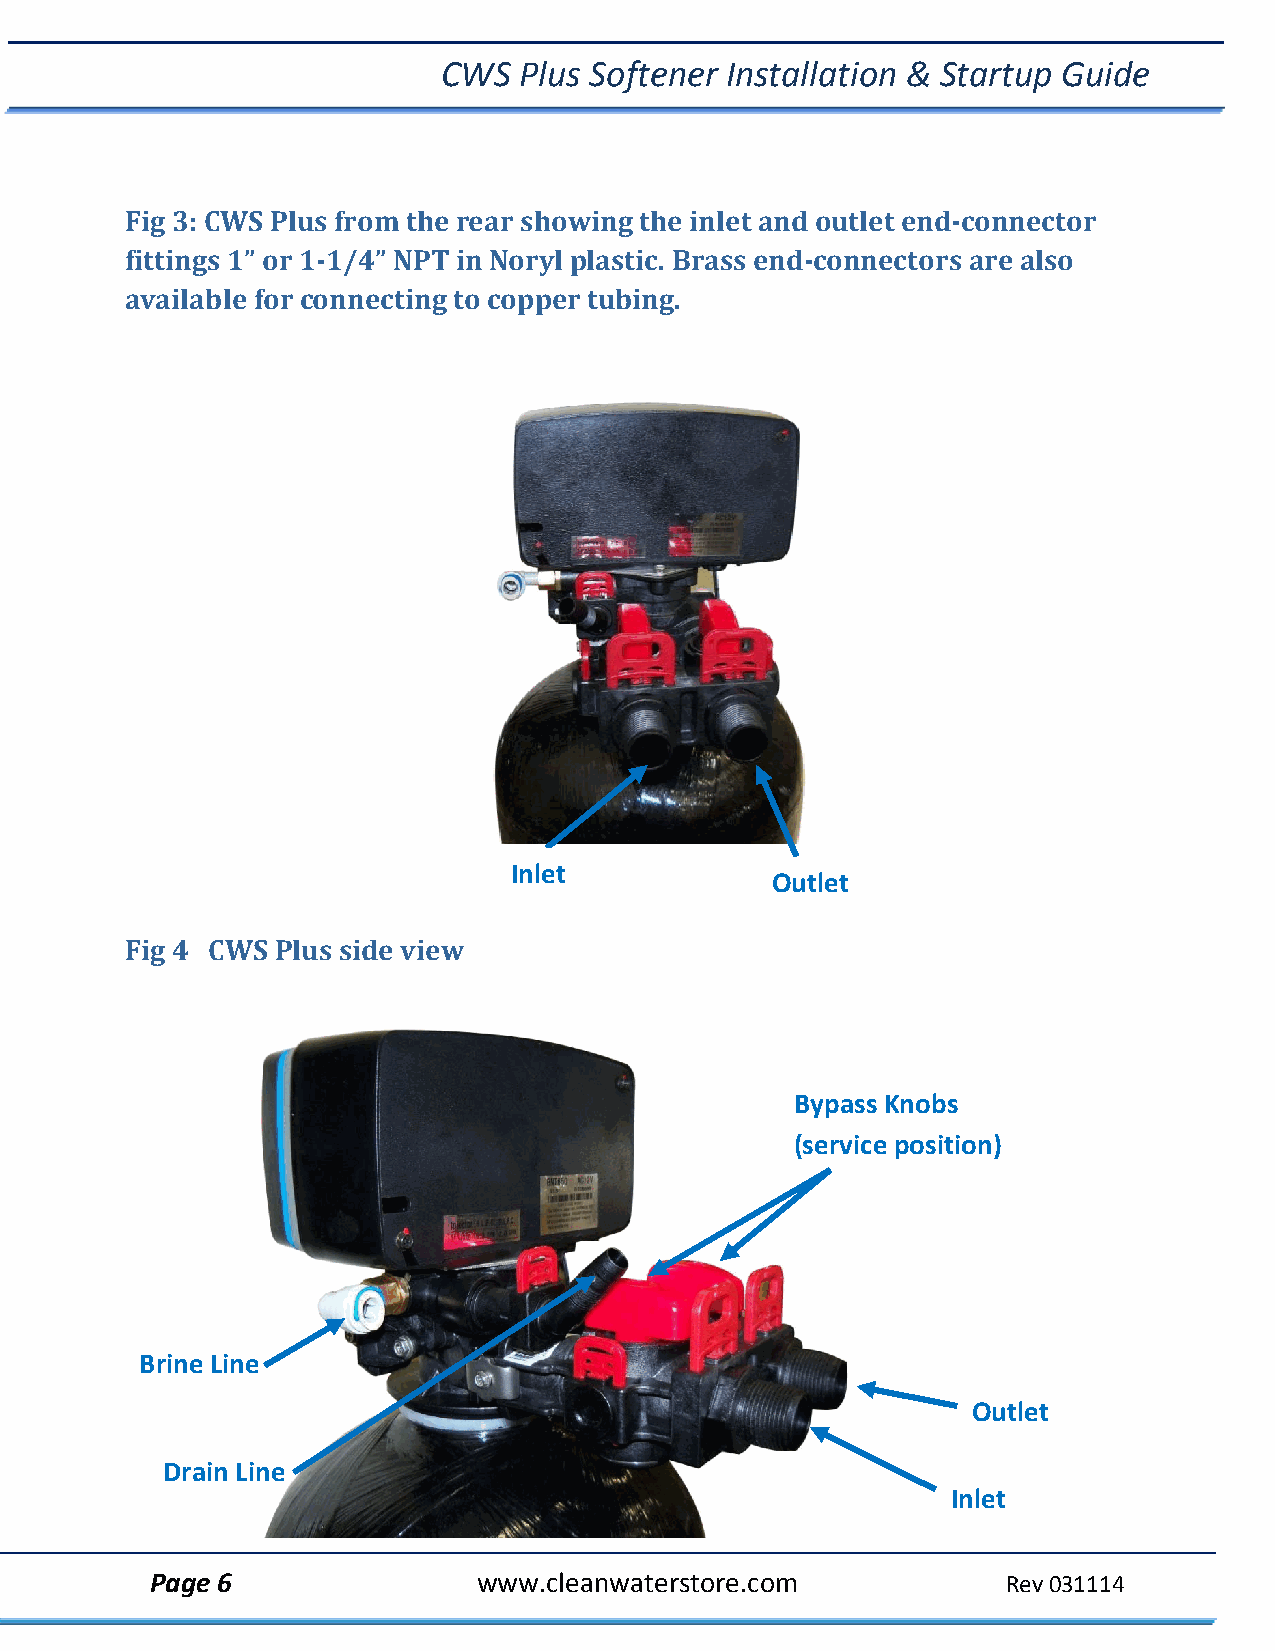
CWS  Plus Softener Installation & Startup Guide
 Fig 3: CWS Plus from the rear showing the inlet and outlet end‐connector
 fittings 1” or 1‐1/4” NPT in Noryl plastic. Brass end‐connectors are also
 available for connecting to copper tubing.
 Inlet
 Outlet
 Fig 4 CWS Plus side view
 Bypass Knobs
 (service position)
 Brine Line
 Outlet
 Drain Line
 Inlet
 Page 6                www.cleanwaterstore.com            Rev 031114